Sanitation, dispensaries and jails vaccination Rajputana 1922-1927 - 1922-1927
Year: 1922
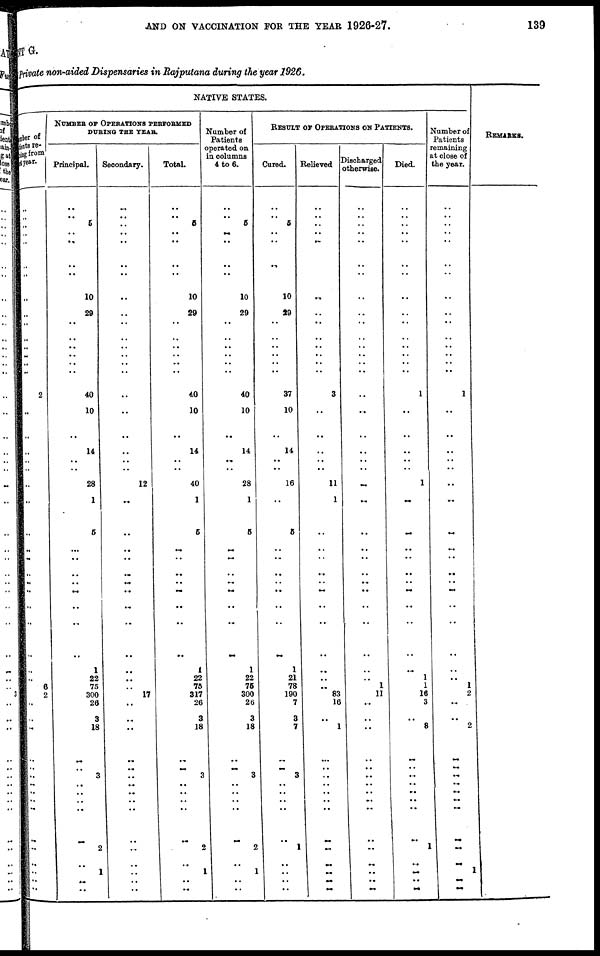
AND ON VACCINATION FOR THE YEAR 1926-27.
139
MENT G.
Private non-aided Dispensaries in Rajputana during the year 1926.
NATIVE STATES.
Number of
Patients re¬
maining
from
last year.
..
..
..
..
..
..
..
..
..
..
..
..
..
..
..
2
..
..
..
..
..
..
..
..
..
..
..
..
..
..
..
..
..
..
6
2
..
..
..
..
..
..
..
..
..
..
..
..
..
..
..
NUMBER OF OPERATIONS PERFORMED
DURING THE YEAR.
Principal.
..
.. 5
..
..
..
..
10
29
..
..
..
..
..
..
40
10
..
14
..
..
28
1
5
..
..
..
..
..
..
..
..
1
22
75
300
26
3
18
..
3
..
..
..
..
..
2
..
1
..
..
Secondary.
..
.. ..
..
..
..
..
..
..
..
..
..
..
..
..
..
..
..
..
..
..
12
..
..
..
..
..
..
..
..
..
..
..
..
..
17
..
..
..
..
..
..
..
..
..
..
..
..
..
..
..
..
Total.
..
.. 5
..
..
..
..
10
29
..
..
..
..
..
..
40
10
..
14
..
..
40
1
5
..
..
..
..
..
..
..
..
1
22
75
317
26
3
18
..
..
3
..
..
..
..
..
2
..
1
..
..
Number of
Patients
operated on
in columns
4 to 6.
..
.. 5
..
..
..
..
10
29
..
..
..
..
.. ..
40
10
..
14
..
..
28
1
5
..
..
..
..
..
..
..
..
1
22
75
300
26
3
18
..
..
3
..
..
..
..
..
2
..
1
..
..
RESULT OF OPERATIONS ON PATIENTS.
Cured.
..
.. 5
..
..
..
..
10
29
..
..
..
..
..
..
37
10
..
14
..
..
16
..
5
..
..
..
..
..
..
..
..
1
21
78
190
7
3
7
..
..
3
..
..
..
..
..
1
..
..
..
..
Relieved
..
..
..
..
..
..
..
..
..
..
..
..
..
..
..
3
..
..
..
..
..
11
1
..
..
..
..
..
..
..
..
..
..
..
..
83
16
..
1
..
..
..
..
..
..
..
..
..
..
..
..
..
Discharged
otherwise.
..
.. ..
.. ..
..
..
..
..
..
..
..
..
.. ..
..
..
..
..
..
..
..
..
..
..
..
..
..
..
..
..
..
..
..
1
11
..
..
..
..
..
..
..
..
..
..
..
..
..
..
..
..
Died.
..
..
..
..
..
..
..
..
..
..
..
..
..
..
..
1
..
..
..
..
..
1
..
..
..
..
..
..
..
..
..
..
..
1
1
16
3
..
8
..
..
...
...
..
..
..
..
1
..
..
..
..
Number of
Patients
remaining
at close of
the year.
..
.. ..
.. ..
..
..
..
..
..
..
..
..
.. ..
1
..
..
..
..
..
..
..
..
..
..
..
..
..
..
..
..
..
..
1
2
..
..
2
..
..
..
..
..
..
..
..
..
..
1
..
..
REMARKS.